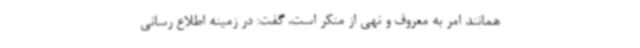
همانند امر به معروف و نهی از منکر است، گفت: در زمینه اطلاع رسانی